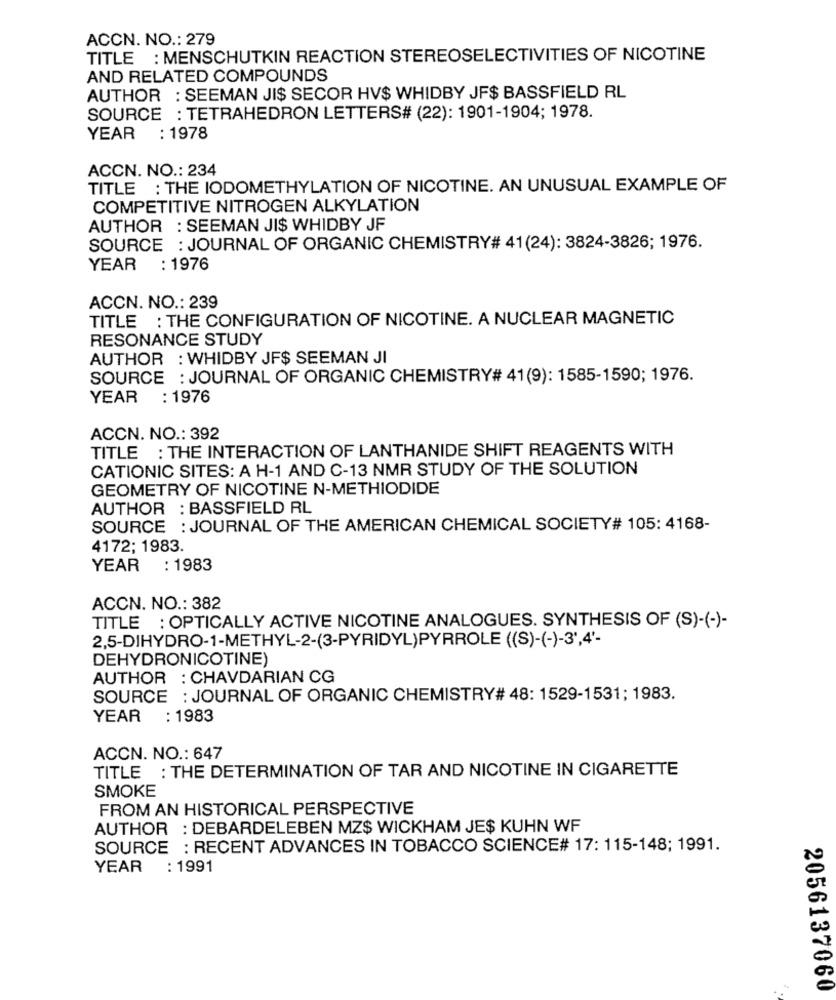
ACCN. NO .: 279
TITLE : MENSCHUTKIN REACTION STEREOSELECTIVITIES OF NICOTINE
AND RELATED COMPOUNDS
AUTHOR : SEEMAN JI$ SECOR HV$ WHIDBY JF$ BASSFIELD RL
SOURCE : TETRAHEDRON LETTERS# (22): 1901-1904; 1978.
YEAR : 1978
ACCN. NO .: 234
TITLE : THE IODOMETHYLATION OF NICOTINE. AN UNUSUAL EXAMPLE OF
COMPETITIVE NITROGEN ALKYLATION
AUTHOR : SEEMAN JI$ WHIDBY JF
SOURCE : JOURNAL OF ORGANIC CHEMISTRY# 41(24): 3824-3826; 1976.
YEAR
: 1976
ACCN. NO .: 239
TITLE : THE CONFIGURATION OF NICOTINE. A NUCLEAR MAGNETIC
RESONANCE STUDY
AUTHOR : WHIDBY JF$ SEEMAN JI
SOURCE : JOURNAL OF ORGANIC CHEMISTRY# 41(9): 1585-1590; 1976.
YEAR : 1976
ACCN. NO .: 392
TITLE : THE INTERACTION OF LANTHANIDE SHIFT REAGENTS WITH
CATIONIC SITES: A H-1 AND C-13 NMR STUDY OF THE SOLUTION
GEOMETRY OF NICOTINE N-METHIODIDE
AUTHOR : BASSFIELD RL
SOURCE : JOURNAL OF THE AMERICAN CHEMICAL SOCIETY# 105: 4168-
4172; 1983.
YEAR : 1983
ACCN. NO .: 382
TITLE : OPTICALLY ACTIVE NICOTINE ANALOGUES. SYNTHESIS OF (S)-(-)-
2,5-DIHYDRO-1-METHYL-2-(3-PYRIDYL)PYRROLE ((S)-(-)-3',4'-
DEHYDRONICOTINE)
AUTHOR : CHAVDARIAN CG
SOURCE : JOURNAL OF ORGANIC CHEMISTRY# 48: 1529-1531; 1983.
YEAR
: 1983
ACCN. NO .: 647
TITLE : THE DETERMINATION OF TAR AND NICOTINE IN CIGARETTE
SMOKE
FROM AN HISTORICAL PERSPECTIVE
AUTHOR : DEBARDELEBEN MZ$ WICKHAM JE$ KUHN WF
SOURCE : RECENT ADVANCES IN TOBACCO SCIENCE# 17: 115-148; 1991.
YEAR : 1991
2056137060